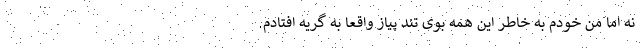
نه اما من خودم به خاطر این همه بوی تند پیاز واقعاً به گریه افتادم.